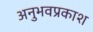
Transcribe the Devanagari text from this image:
अनुभवप्रकाश